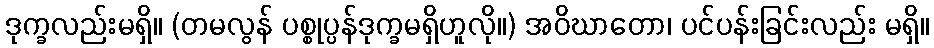
ဒုက္ခလည်းမရှိ။ (တမလွန် ပစ္စုပ္ပန်ဒုက္ခမရှိဟူလို။) အဝိဃာတော၊ ပင်ပန်းခြင်းလည်း မရှိ။